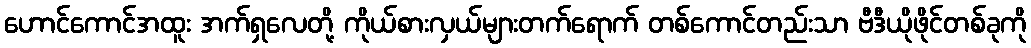
ဟောင်ကောင်အထူး အက်ရှလေတို့ ကိုယ်စားလှယ်များတက်ရောက် တစ်ကောင်တည်းသာ ဗီဒီယိုဖိုင်တစ်ခုကို